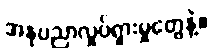
အနုပညာလှုပ်ရှားမှုတွေနဲ့။